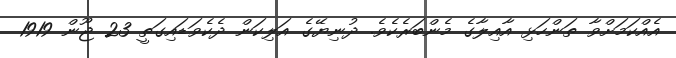
އެއްކަމަށްވާ ތަންހަޅި އާއިލާގެ މެންބަރެކެވެ. ދުނިޔޭގެ އަލިކަން ދެކެވަޑައިގަތީ 23 ޖޫން 1919